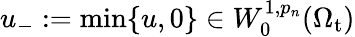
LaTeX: u_{-}:=\mathrm{min}\{ u,0\} \in W_{0}^{1,p_{n}}(\Omega_{\mathrm{t}})